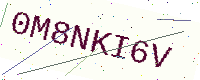
Text: 0M8NKI6V